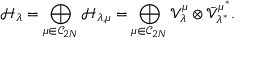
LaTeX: \mathcal { H } _ { \lambda } = \bigoplus _ { \mu \in \mathcal { C } _ { 2 N } } \mathcal { H } _ { \lambda , \mu } = \bigoplus _ { \mu \in \mathcal { C } _ { 2 N } } \mathcal { V } _ { \lambda } ^ { \mu } \otimes \bar { \mathcal { V } } _ { \lambda ^ { * } } ^ { \mu ^ { * } } .